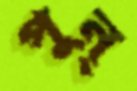
পুন্